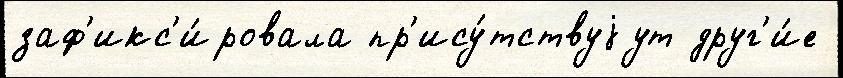
заф'икс'и́ровала пр'ису́тствуjут друг'и́е